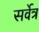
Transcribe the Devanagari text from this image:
सर्वेत्र